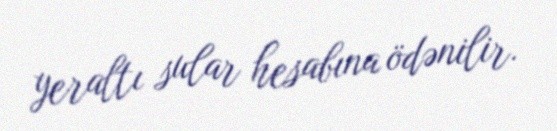
yeraltı sular hesabına ödənilir.